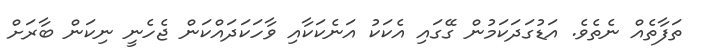
ތަފާތެއް ނެތެވެ. އަޑުގަދަކަމުން ގޭގައި އެކަކު އަނެކަކާއި ވާހަކަދައްކަން ޖެހެނީ ނިކަން ބާާރަށް